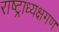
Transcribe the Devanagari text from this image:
राष्ट्राध्यक्षगण